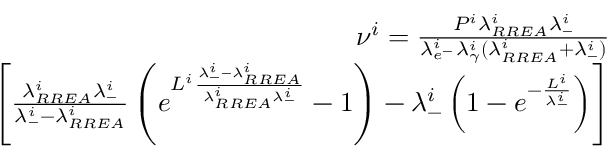
\begin{array} { r } { \nu ^ { i } = \frac { P ^ { i } \lambda _ { R R E A } ^ { i } \lambda _ { - } ^ { i } } { \lambda _ { e ^ { - } } ^ { i } \lambda _ { \gamma } ^ { i } ( \lambda _ { R R E A } ^ { i } + \lambda _ { - } ^ { i } ) } } \\ { \left[ \frac { \lambda _ { R R E A } ^ { i } \lambda _ { - } ^ { i } } { \lambda _ { - } ^ { i } - \lambda _ { R R E A } ^ { i } } \left( e ^ { L ^ { i } \frac { \lambda _ { - } ^ { i } - \lambda _ { R R E A } ^ { i } } { \lambda _ { R R E A } ^ { i } \lambda _ { - } ^ { i } } } - 1 \right) - \lambda _ { - } ^ { i } \left( 1 - e ^ { - \frac { L ^ { i } } { \lambda _ { - } ^ { i } } } \right) \right] } \end{array}